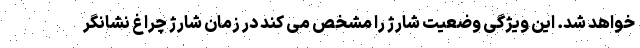
خواهد شد. این ویژگی وضعیت شارژ را مشخص می کند در زمان شارژ چراغ نشانگر